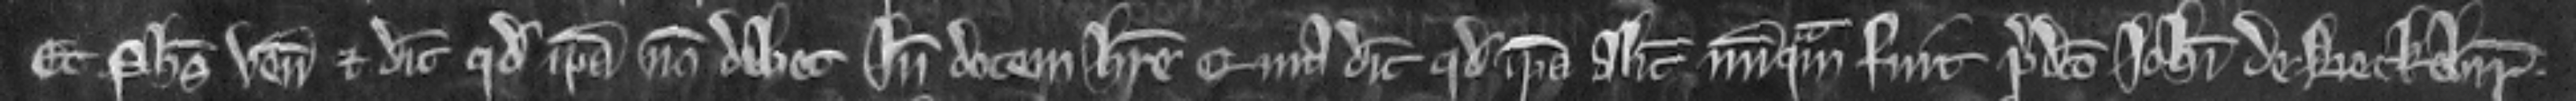
Et Philippus venit et dicit quod ipsa non debet Inde dotem habere quia dicit quod ipsa Alicia nunquam fuit predicto Johanni de Beckebir.